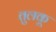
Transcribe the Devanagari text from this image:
तुलकू